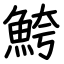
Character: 鮬